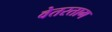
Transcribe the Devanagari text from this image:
वेतरताग